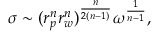
\sigma \sim ( r _ { p } ^ { n } r _ { w } ^ { n } ) ^ { \frac { n } { 2 ( n - 1 ) } } \omega ^ { \frac { 1 } { n - 1 } } ,